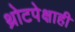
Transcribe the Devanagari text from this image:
थ्रोटपेक्षाही